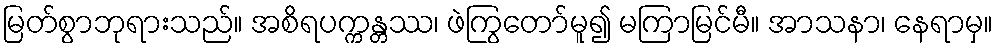
မြတ်စွာဘုရားသည်။ အစိရပက္ကန္တဿ၊ ဖဲကြွတော်မူ၍ မကြာမြင်မီ။ အာသနာ၊ နေရာမှ။